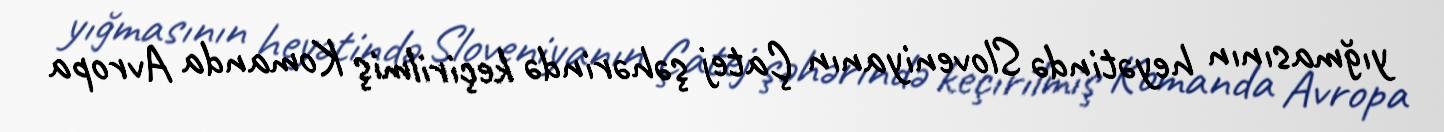
yığmasının heyətində Sloveniyanın Çatej şəhərində keçirilmiş Komanda Avropa